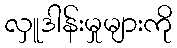
လှူဒါန်းမှုများကို